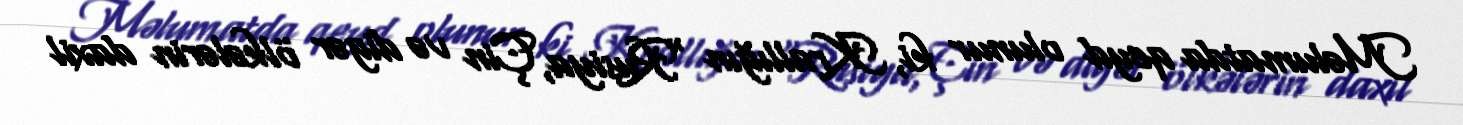
Məlumatda qeyd olunur ki, Krallığın “Rusiya, Çin və digər ölkələrin daxil